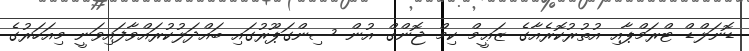
ޑޮނަލްޑް ޓްރަމްޕާއި އުތުރުކޮރެއާގެ ޒަޢީމް ކިމް ޖޮންގް އުން ސިންގަޕޫރުގައި ބައްދަލުކުރައްވާފައިވަނީ މިއަހަރުގެ